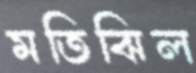
মতিঝিল